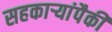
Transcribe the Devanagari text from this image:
सहकार्‍यांपैकी